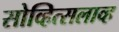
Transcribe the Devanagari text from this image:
सोव्हित्सलाव्ह